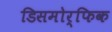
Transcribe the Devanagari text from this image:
डिसमोर्फिक